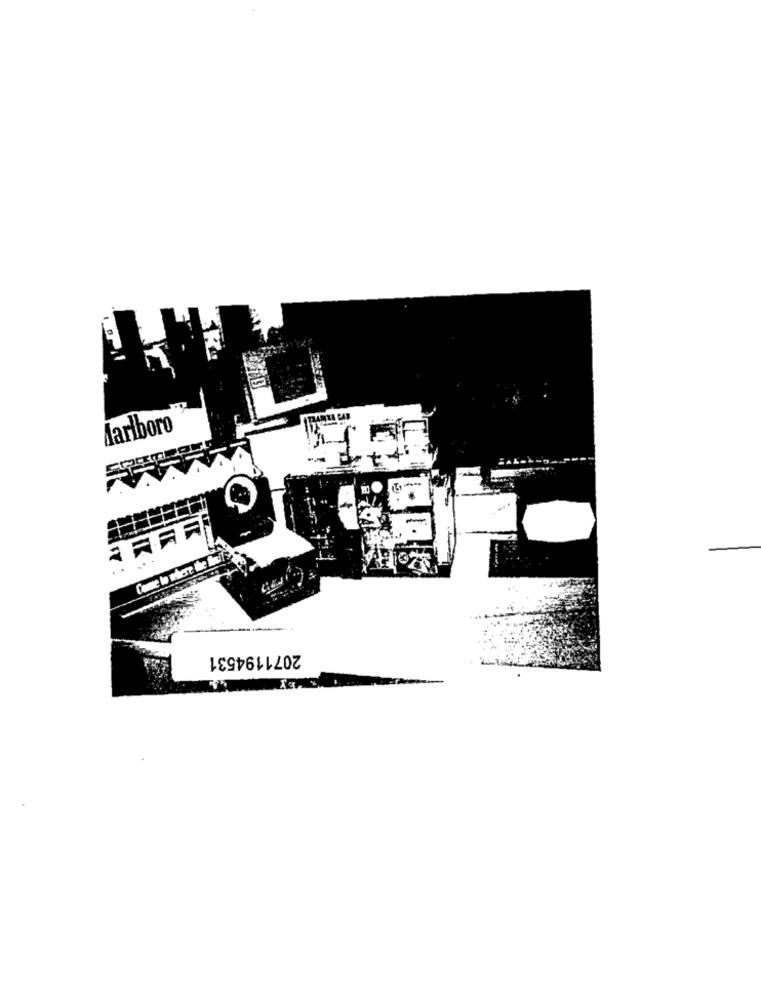
LARIKA CAR
Marlboro
-
2071194531